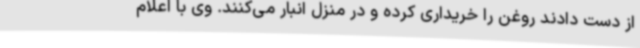
از دست دادند روغن را خریداری کرده و در منزل انبار می‌کنند. وی با اعلام